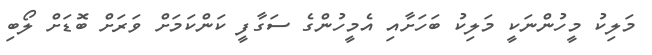
މަލިކު މީހުންނަކީ މަލިކު ބަހަށާއި އެމީހުންގެ ސަގާފީ ކަންކަމަށް ވަރަށް ބޮޑަށް ލޯބި